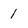
Character: 1